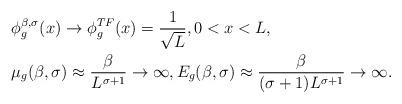
LaTeX: \begin{align*} &\phi_g^{\beta,\sigma}(x)\to \phi_g^{TF}(x)=\frac{1}{\sqrt{L}}, 0<x<L,\\&\mu_g(\beta,\sigma)\approx\frac{\beta}{L^{\sigma+1}} \to \infty,E_g(\beta,\sigma)\approx\frac{\beta}{(\sigma+1)L^{\sigma+1}} \to \infty.\end{align*}